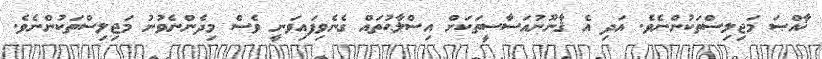
ޚާއްޞަ މަޖިލިސްތަކުންނެވެ. އަދި އެ ޤާނޫނުއަސާސީތަކަށް އިސްލާޙުތައް ގެނެވިފައިވަނީ ވެސް މިދެންނެވުނު މަޖިލިސްތަކުންނެވެ.